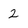
Character: 2